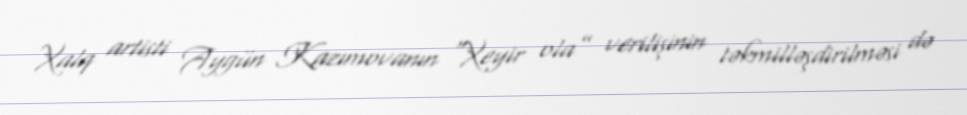
Xalq artisti Aygün Kazımovanın “Xeyir ola” verilişinin təkmilləşdirilməsi də